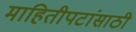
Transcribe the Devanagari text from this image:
माहितीपटांसाठी